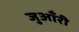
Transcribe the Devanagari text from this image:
जुआँरी